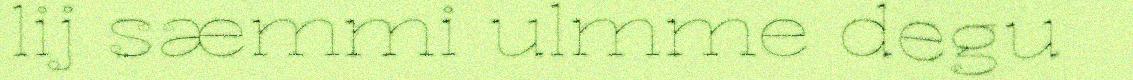
lij sæmmi ulmme degu